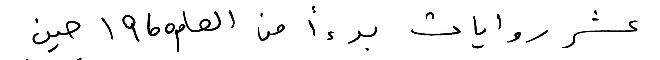
عشر روايات بدءا من العام 1960 حين